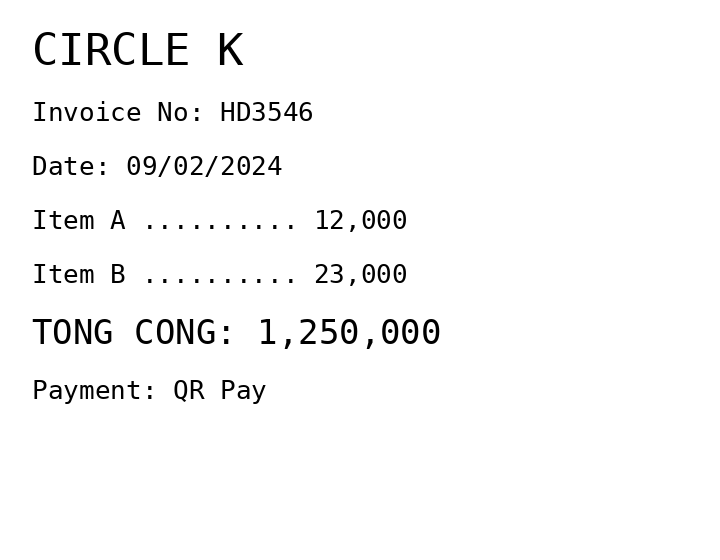
CIRCLE K
Invoice No: HD3546
Date: 09/02/2024
Item A .......... 12,000
Item B .......... 23,000
TONG CONG: 1,250,000
Payment: QR Pay
Merchant: circle k
Date: 2024-02-09
Total: 1250000
Invoice No: HD3546
Payment method: QR